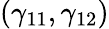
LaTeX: (\gamma_{11},\gamma_{12})